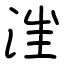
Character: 𣳫